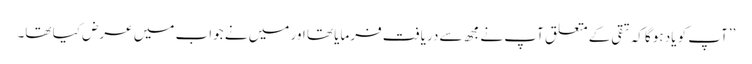
’’آپ کو یاد ہوگا کہ تقی کے متعلق آپ نے مجھ سے دریافت فرمایا تھا اور میں نے جواب میں عرض کیا تھا۔